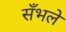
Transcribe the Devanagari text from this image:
सँभले